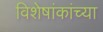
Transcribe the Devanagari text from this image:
विशेषांकांच्या